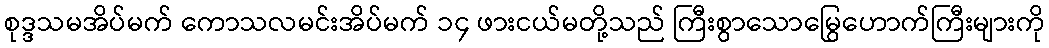
စုဒ္ဒသမအိပ်မက် ကောသလမင်းအိပ်မက် ၁၄ ဖားငယ်မတို့သည် ကြီးစွာသောမြွေဟောက်ကြီးများကို